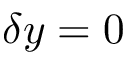
\delta y = 0